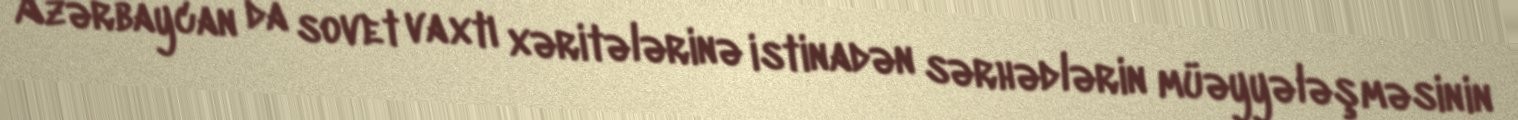
Azərbaycan da sovet vaxtı xəritələrinə istinadən sərhədlərin müəyyələşməsinin